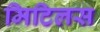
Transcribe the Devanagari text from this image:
मिटिलस